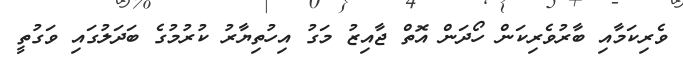
ވެރިކަމާއި ބާރުވެރިކަން ހޯދަން އޮތް ޖާއިޒު މަގު އިހުތިޔާރު ކުރުމުގެ ބަދަލުގައި ވަގުތީ